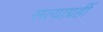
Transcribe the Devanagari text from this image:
सत्याग्रहीं